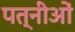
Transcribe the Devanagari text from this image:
पत्नीओं